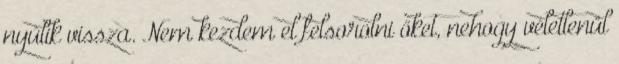
nyúlik vissza. Nem kezdem el felsorolni őket, nehogy véletlenül